Vaccination in Burma 1912-1922 - 1912-1922
Year: 1912
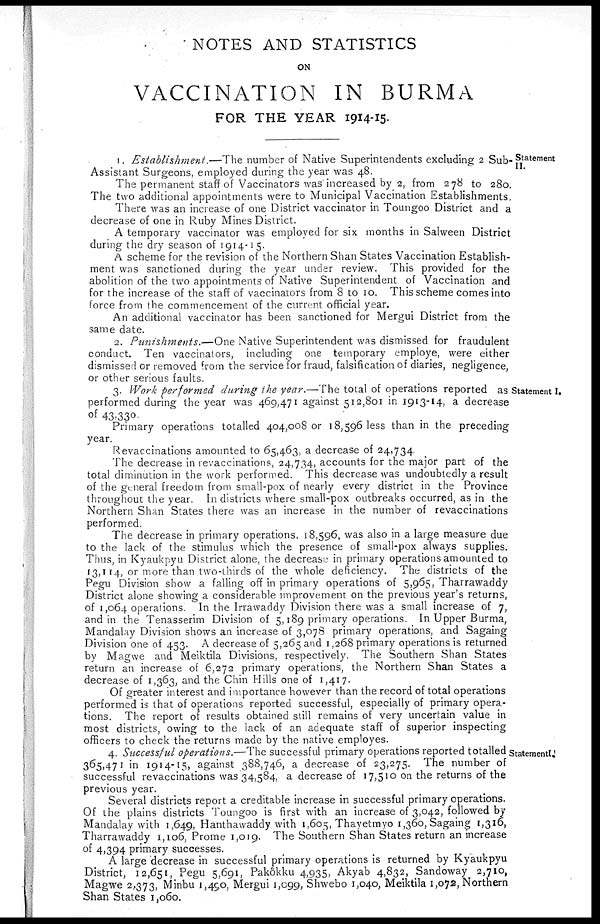
NOTES AND STATISTICS
ON
VACCINATION IN BURMA
FOR THE YEAR 1914-15.
Statement
II.
1. Establishment.—The number of Native Superintendents excluding 2 Sub-
Assistant Surgeons, employed during the year was 48.
The permanent staff of Vaccinators was increased by 2, from 278 to 280.
The two additional appointments were to Municipal Vaccination Establishments.
There was an increase of one District vaccinator in Toungoo District and a
decrease of one in Ruby Mines District.
A temporary vaccinator was employed for six months in Salween District
during the dry season of 1914-15.
A scheme for the revision of the Northern Shan States Vaccination Establish-
ment was sanctioned during the year under review. This provided for the
abolition of the two appointments of Native Superintendent of Vaccination and
for the increase of the staff of vaccinators from 8 to 10. This scheme comes into
force from the commencement of the current official year.
An additional vaccinator has been sanctioned for Mergui District from the
same date.
2. Punishments.—One Native Superintendent was dismissed for fraudulent
conduct. Ten vaccinators, including one temporary employe, were either
dismissed or removed from the service for fraud, falsification of diaries, negligence,
or other serious faults.
Statement I.
3. Work performed during the year.—The total of operations reported as
performed during the year was 469,471 against 512,801 in 1913-14, a decrease
of 43,330.
Primary operations totalled 404,008 or 18,596 less than in the preceding
year.
Revaccinations amounted to 65,463, a decrease of 24,734.
The decrease in revaccinations, 24,734, accounts for the major part of the
total diminution in the work performed. This decrease was undoubtedly a result
of the general freedom from small-pox of nearly every district in the Province
throughout the year. In districts where small-pox outbreaks occurred, as in the
Northern Shan States there was an increase in the number of revaccinations
performed.
The decrease in primary operations, 18,596, was also in a large measure due
to the lack of the stimulus which the presence of small-pox always supplies.
Thus, in Kyaukpyu District alone, the decrease in primary operations amounted to
13,114, or more than two-thirds of the whole deficiency. The districts of the
Pegu Division show a falling off in primary operations of 5,965, Tharrawaddy
District alone showing a considerable improvement on the previous year's returns,
of 1,064 operations. In the Irrawaddy Division there was a small increase of 7,
and in the Tenasserim Division of 5,189 primary operations. In Upper Burma,
Mandalay Division shows an increase of 3,078 primary operations, and Sagaing
Division one of 453. A decrease of 5,265 and 1,268 primary operations is returned
by Magwe and Meiktila Divisions, respectively. The Southern Shan States
return an increase of 6,272 primary operations, the Northern Shan States a
decrease of 1,363, and the Chin Hills one of 1,417.
Of greater interest and importance however than the record of total operations
performed is that of operations reported successful, especially of primary opera-
tions. The report of results obtained still remains of very uncertain value in
most districts, owing to the lack of an adequate staff of superior inspecting
officers to check the returns made by the native employes.
Statement I.
4. Successful operations.—The successful primary operations reported totalled
365,471 in 1914-15, against 388,746, a decrease of 23,275. The number of
successful revaccinations was 34,584, a decrease of 17,510 on the returns of the
previous year.
Several districts report a creditable increase in successful primary operations.
Of the plains districts Toungoo is first with an increase of 3,042, followed by
Mandalay with 1,649, Hanthawaddy with 1,605, Thayetmyo 1,360, Sagaing 1,316,
Tharrawaddy 1,106, Prome 1,019. The Southern Shan States return an increase
of 4,394 primary successes.
A large decrease in successful primary operations is returned by Kyaukpyu
District, 12,651, Pegu 5,691, Pakôkku 4,935, Akyab 4,832, Sandoway 2,710,
Magwe 2,373, Minbu 1,490, Mergui 1,099, Shwebo 1,040, Meiktila 1,072, Northern
Shan States 1,060.